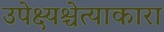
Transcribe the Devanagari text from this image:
उपेक्ष्यश्चेत्याकारा